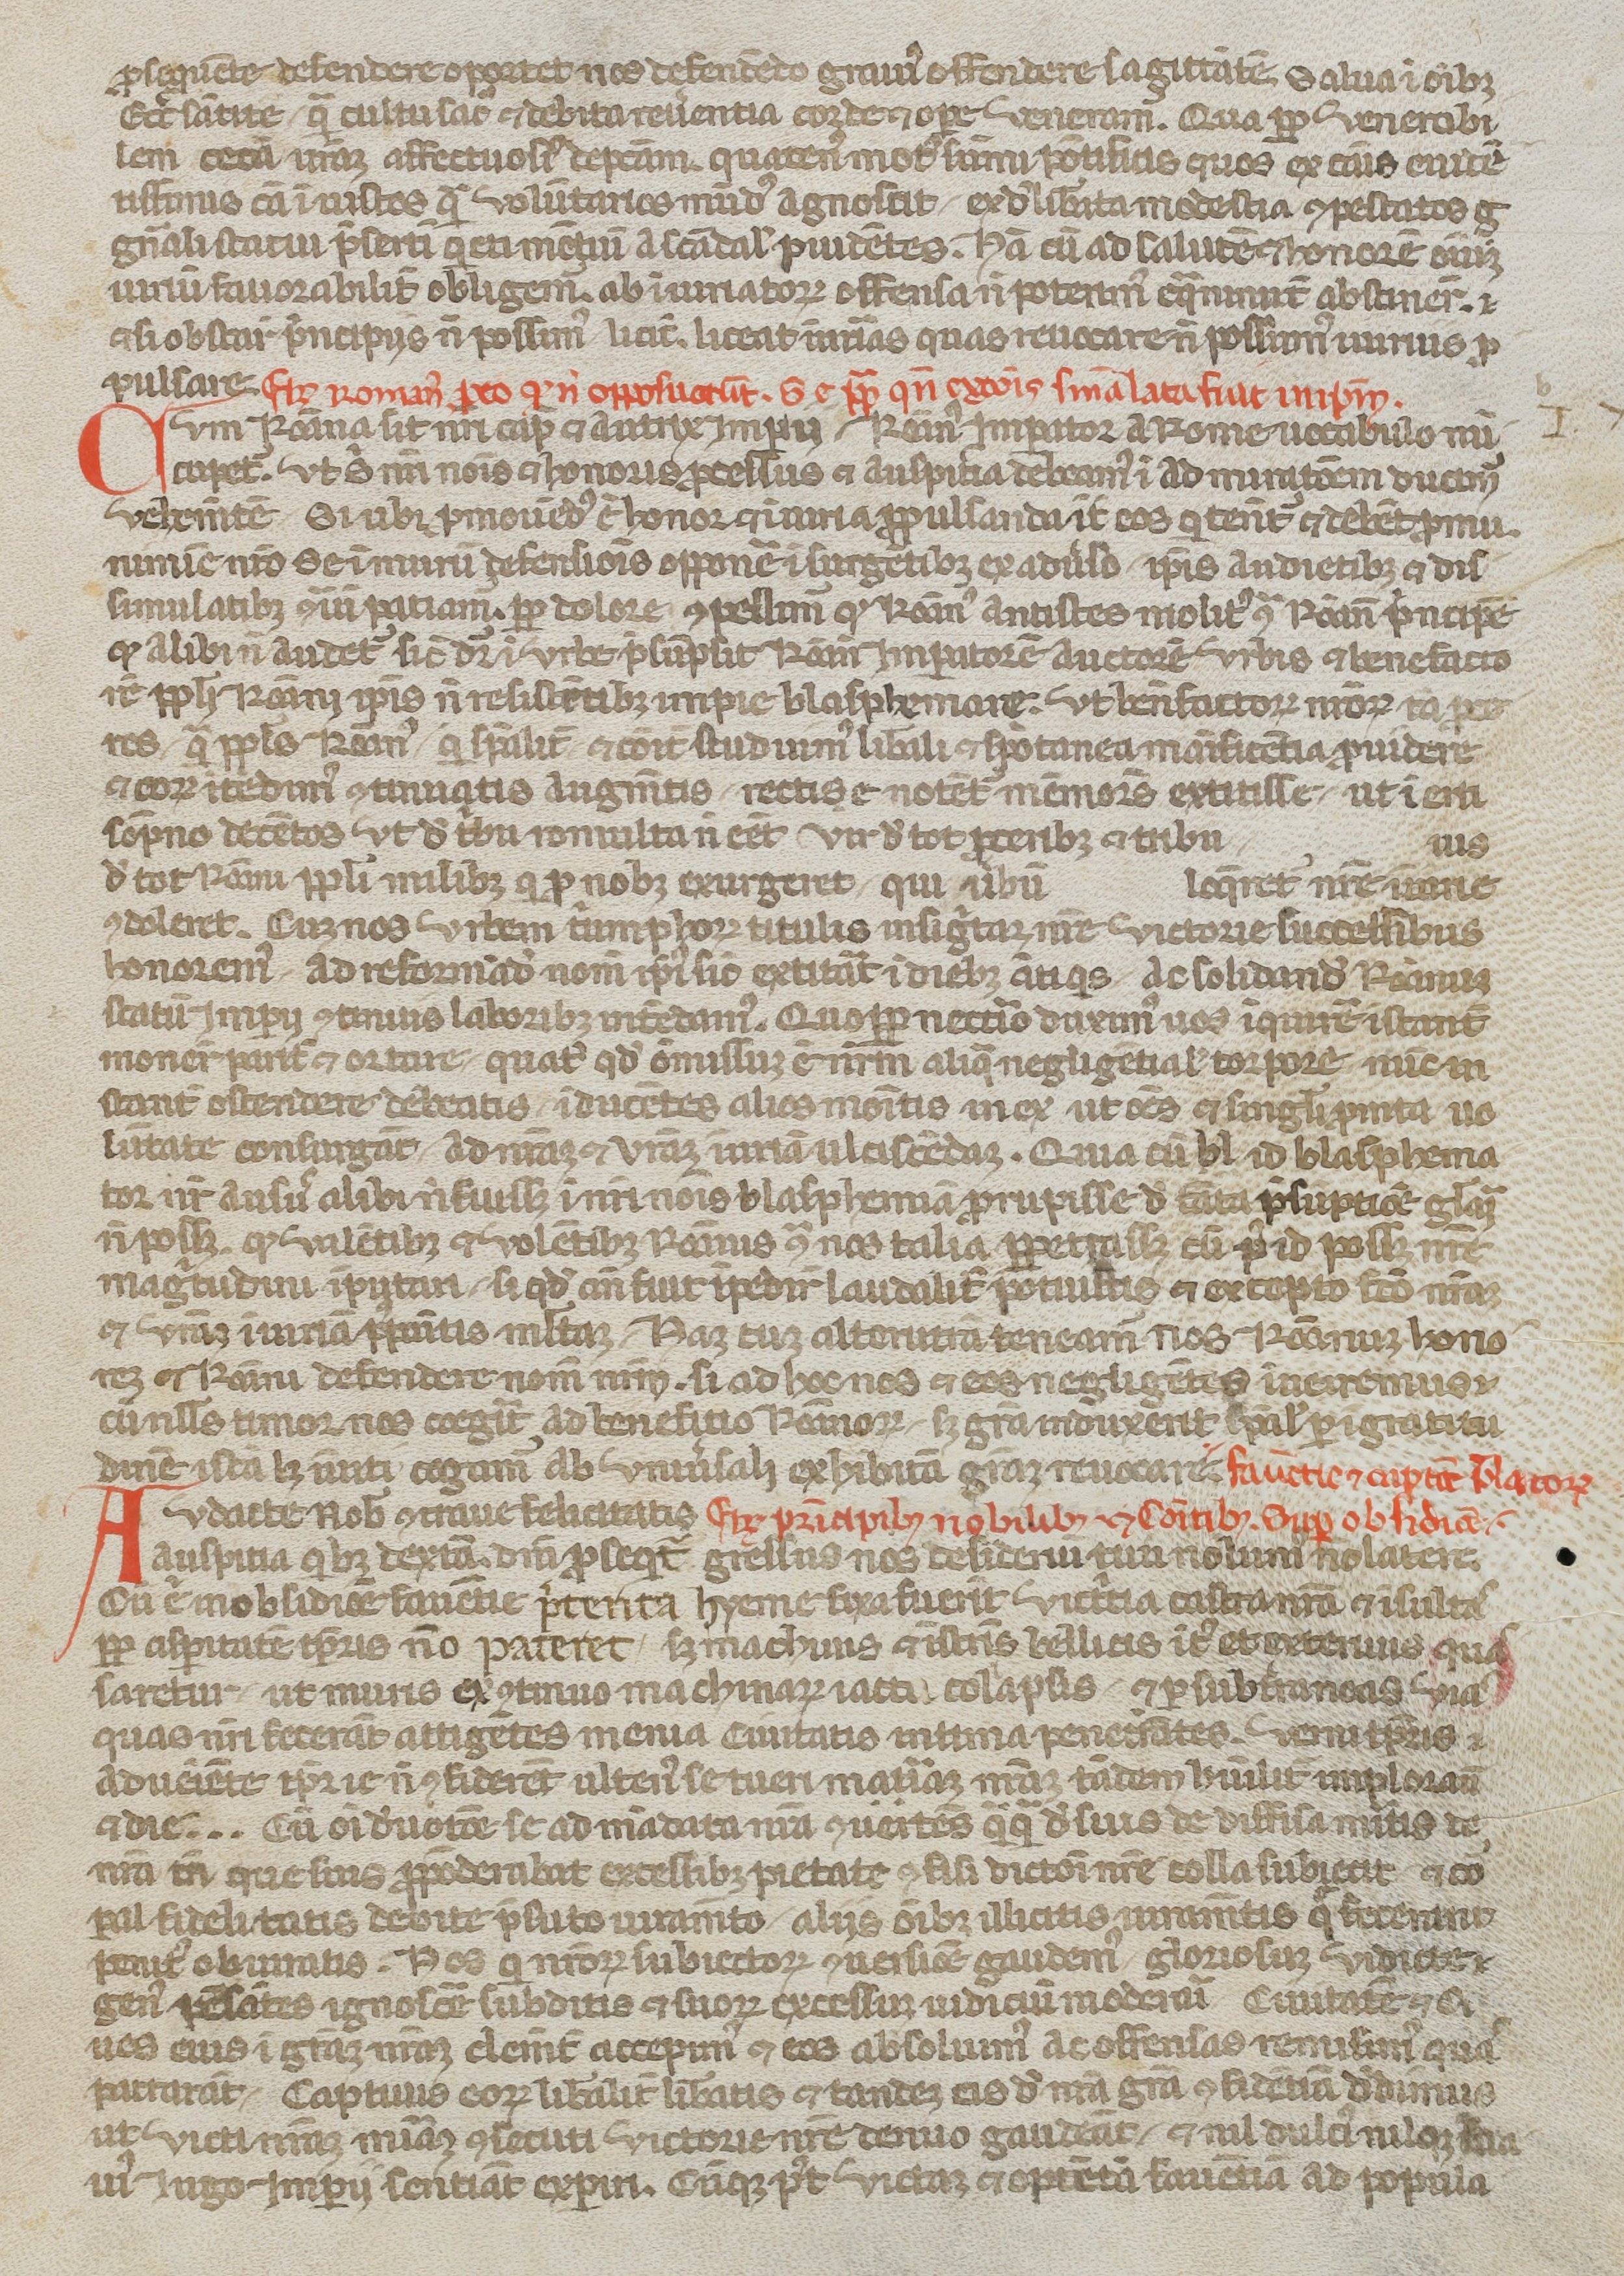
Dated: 1250–1299